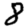
Digit: 8